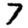
Digit: 7